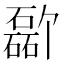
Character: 𪿸